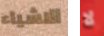
الاشياء لا